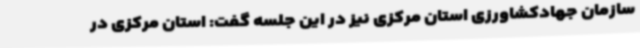
سازمان جهادکشاورزی استان مرکزی نیز در این جلسه گفت: استان مرکزی در